Report of the Indian Hemp Drugs Commission, 1894-1895 - Volume V
Year: 1894
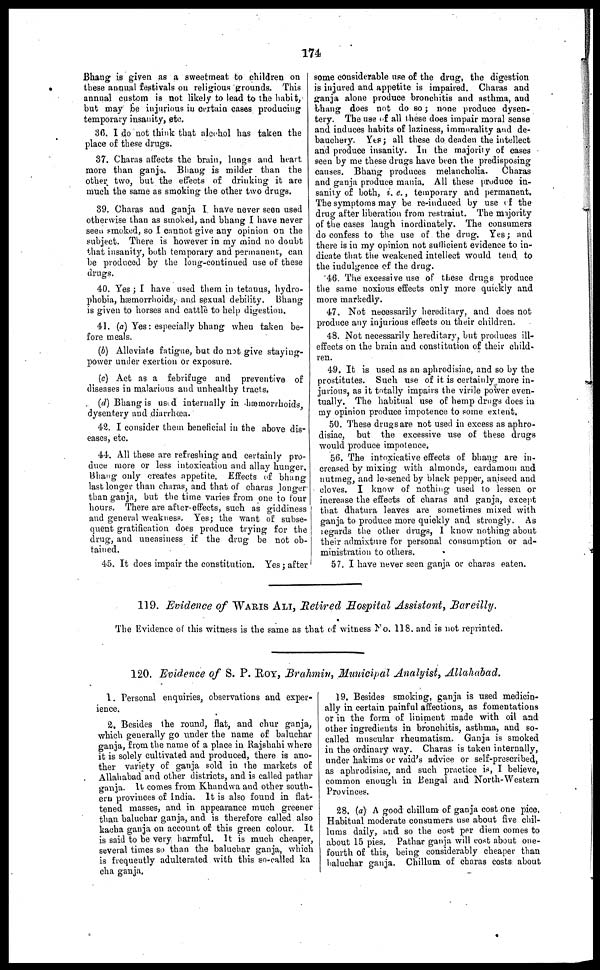
174
Bhang is given as a sweetmeat to children on
these annual festivals on religious grounds. This
annual custom is not likely to lead to the habit,
but may be injurious in certain eases producing
temporary insanity, etc.
36. I do not think that alcohol has taken the
place of these drugs.
37. Charas affects the brain, lungs and heart
more than ganja. Bhang is milder than the
other two, but the effects of drinking it are
much the same as smoking the other two drugs.
39. Charas and ganja I have never seen used
otherwise than as smoked, and bhang I have never
seen smoked, so I cannot give any opinion on the
subject. There is however in my mind no doubt
that insanity, both temporary and permanent, can
be produced by the long-continued use of these
drugs.
40. Yes; I have used them in tetanus, hydro-
phobia, hæmorrhoids, and sexual debility. Bhang
is given to horses and cattle to help digestion.
41. (a) Yes: especially bhang when taken be-
fore meals.
(b) Alleviate fatigue, but do not give staying-
power under exertion or exposure.
(c) Act as a febrifuge and preventive of
diseases in malarious and unhealthy tracts.
(d) Bhang is used internally in hæmorrhoids,
dysentery and diarrhœa.
42. I consider them beneficial in the above dis-
eases, etc.
44. All these are refreshing and certainly pro-
duce more or less intoxication and allay hunger.
Bhang only creates appetite. Effects of bhang-
last longer than charas, and that of charas longer
than ganja, but the time varies from one to four
hours. There are after-effects, such as giddiness
and general weakness. Yes; the want of subse-
quent gratification does produce trying for the
drug, and uneasiness if the drug be not ob-
tained.
45. It does impair the constitution. Yes; after
some considerable use of the drug, the digestion
is injured and appetite is impaired. Charas and
ganja alone produce bronchitis and asthma, and
bhang does not do so; none produce dysen-
tery. The use of all these does impair moral sense
and induces habits of laziness, immorality and de-
bauchery. Yes; all these do deaden the intellect
and produce insanity. In the majority of cases
seen by me these drugs have been the predisposing
causes. Bhang produces melancholia. Charas
and ganja produce mania. All these produce in-
sanity of both, i. e., temporary and permanent.
The symptoms may be re-induced by use of the
drug after liberation from restraint. The majority
of the cases laugh inordinately. The consumers
do confess to the use of the drug. Yes; and
there is in my opinion not sufficient evidence to in-
dicate that the weakened intellect would tend to
the indulgence of the drug.
46. The excessive use of these drugs produce
the same noxious effects only more quickly and
more markedly.
47. Not necessarily hereditary, and does not
produce any injurious effects on their children.
48. Not necessarily hereditary, but produces ill-
effects on the brain and constitution of their child-
ren.
49. It is used as an aphrodisiac, and so by the
prostitutes. Such use of it is certainly more in-
jurious, as it totally impairs the virile power even-
tually. The habitual use of hemp drugs does in
my opinion produce impotence to some extent.
50. These drugs are not used in excess as aphro-
disiac, but the excessive use of these drugs
would produce impotence.
56. The intoxicative effects of bhang are in-
creased by mixing with almonds, cardamom and
nutmeg, and lessened by black pepper, aniseed and
cloves. I know of nothing used to lessen or
increase the effects of charas and ganja, except
that dhatura leaves are sometimes mixed with
ganja to produce more quickly and strongly. As
regards the other drugs, I know nothing about
their admixture for personal consumption or ad-
ministration to others.
57. I have never seen ganja or charas eaten.
119. Evidence of WARIS ALI, Retired Hospital Assistant, Bareilly.
The Evidence of this witness is the same as that of witness No. 118. and is not reprinted.
120. Evidence of S. P. ROY, Brahmin, Municipal Analyist, Allahabad.
1. Personal enquiries, observations and exper-
ience.
2. Besides the round, flat, and chur ganja,
which generally go under the name of baluchar
ganja, from the name of a place in Rajshahi where
it is solely cultivated and produced, there is ano-
ther variety of ganja sold in the markets of
Allahabad and other districts, and is called pathar
ganja. It comes from Khandwa and other south-
ern provinces of India. It is also found in flat-
tened masses, and in appearance much greener
than baluchar ganja, and is therefore called also
kacha ganja on account of this green colour. It
is said to be very harmful. It is much cheaper,
several times so than the baluchar ganja, which
is frequently adulterated with this so-called ka
cha ganja.
19. Besides smoking, ganja is used medicin-
ally in certain painful affections, as fomentations
or in the form of liniment made with oil and
other ingredients in bronchitis, asthma, and so-
called muscular rheumatism. Ganja is smoked
in the ordinary way. Charas is taken internally,
under hakims or vaid's advice or self-prescribed,
as aphrodisiac, and such practice is, I believe,
common enough in Bengal and North-Western
Provinces.
28. (a) A good chillum of ganja cost one pice.
Habitual moderate consumers use about five chil-
lums daily, and so the cost per diem comes to
about 15 pies, Pathar ganja will cost about one-
fourth of this, being considerably cheaper than
baluchar ganja. Chillum of charas costs about